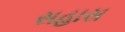
સહાસ